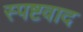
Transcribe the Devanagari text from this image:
स्पष्टवाद